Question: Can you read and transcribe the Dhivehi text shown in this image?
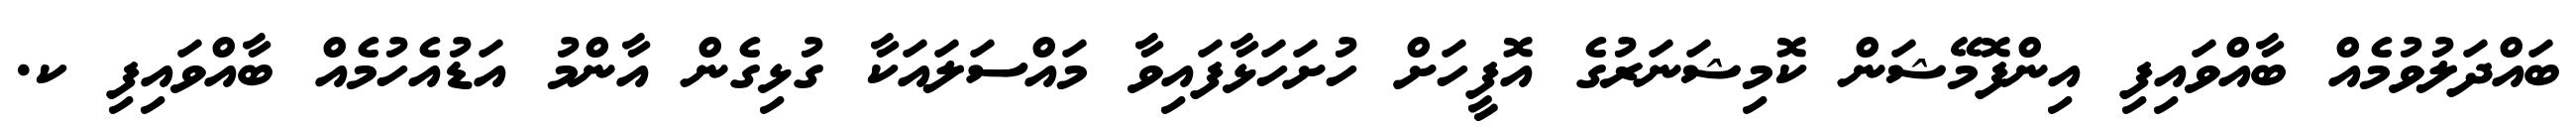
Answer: ބައްދަލުވުމެއް ބާއްވައިފި އިންފޮމޭޝަން ކޮމިޝަނަރުގެ އޮފީހަށް ހުށަހަޅާފައިވާ މައްސަލައަކާ ގުޅިގެން އާންމު އަޑުއެހުމެއް ބާއްވައިފި ކ.